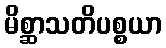
မိစ္ဆာသတိပစ္စယာ